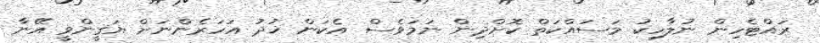
ރައްޓެހިން ނުލާހިކު މަސައްކަތް ކޮށްދިން ނަމަވެސް އެކަން ޚުދު އަހަރެންނަށް ޔަޤީންވީ އޭނާ